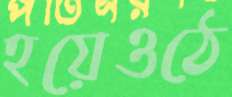
হয়েওঠে